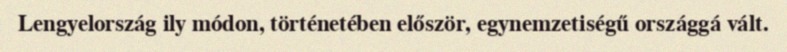
Lengyelország ily módon, történetében először, egynemzetiségű országgá vált.